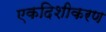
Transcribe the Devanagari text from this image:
एकदिशीकरण